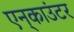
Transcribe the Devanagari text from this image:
एन्‌काउंटर